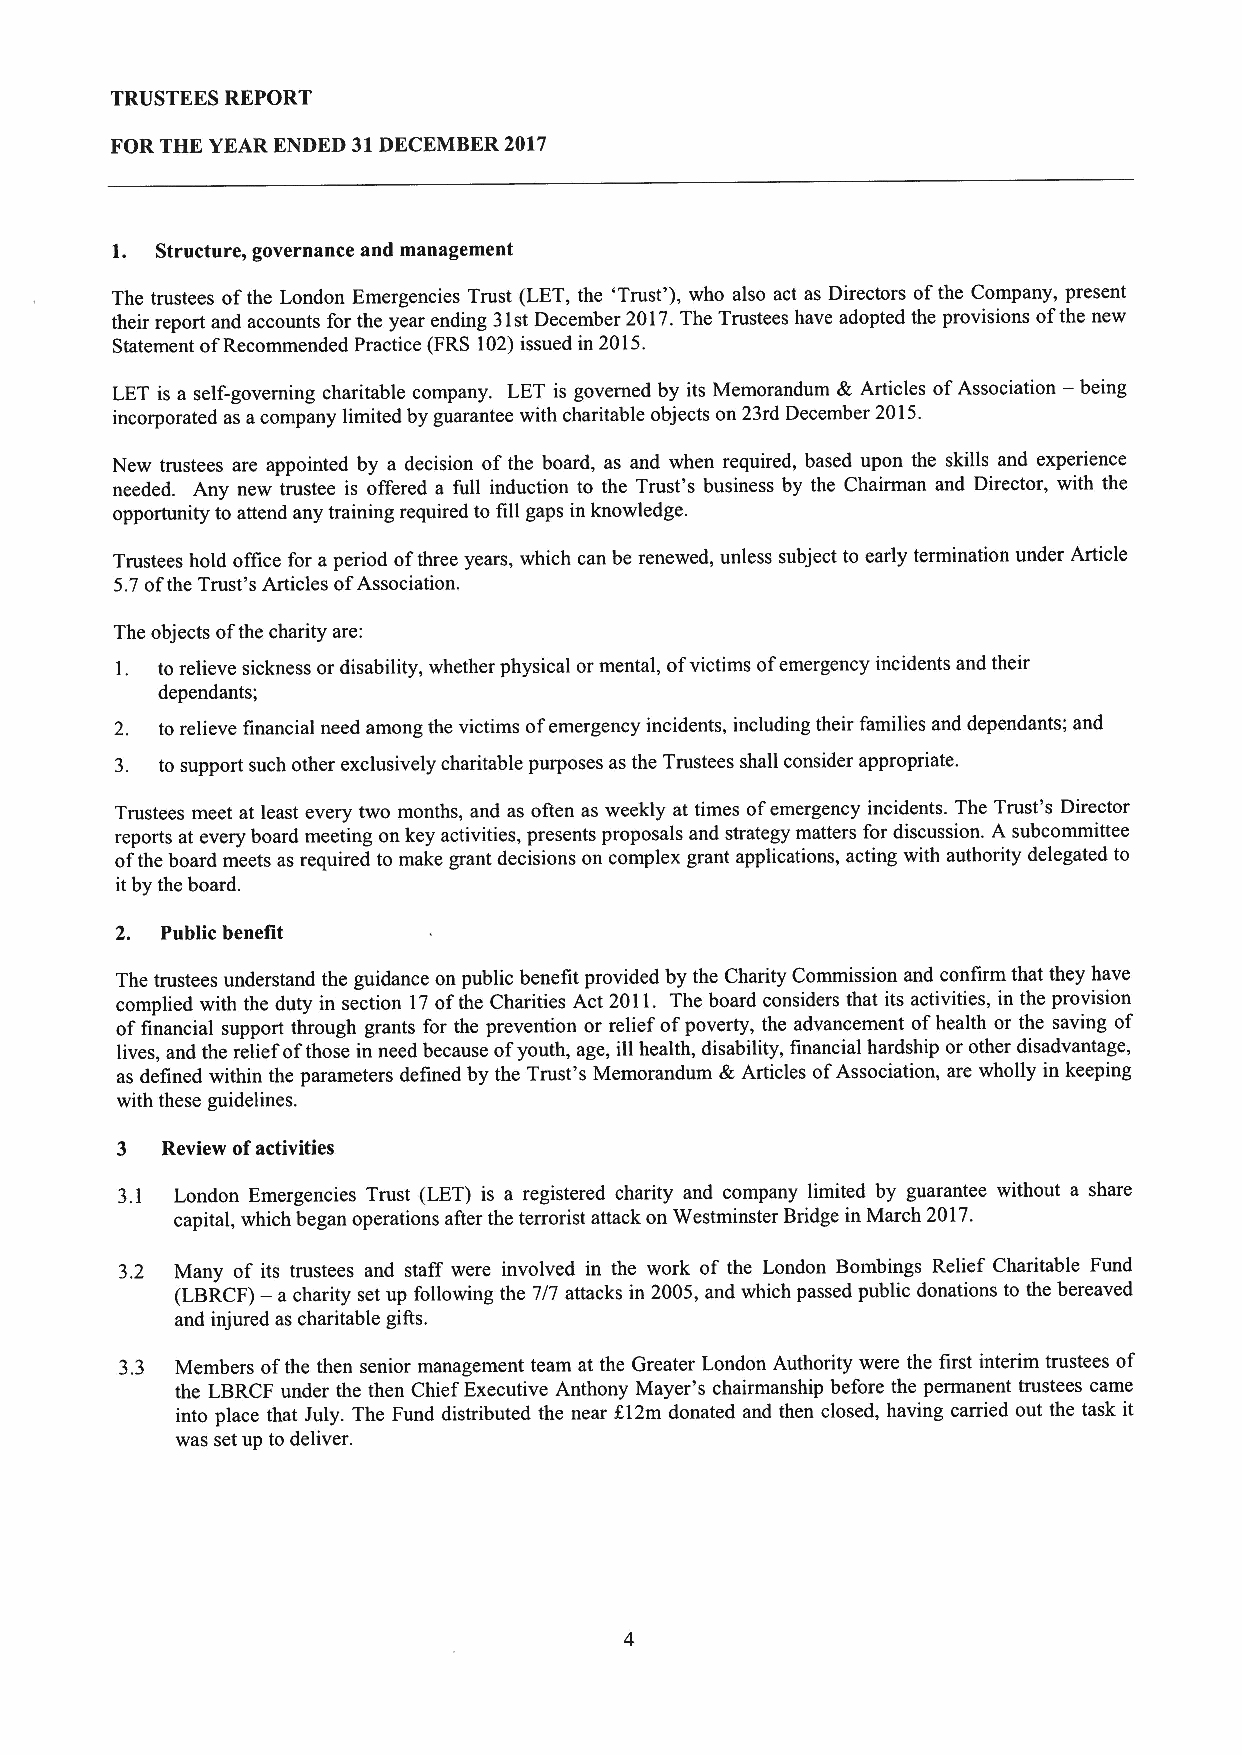
TRUSTEES REPORT
 FOR THE YEAR ENDED 31DECEMBER2017
 1. Structure, governance and management
 The trustees ofthe London Emergencies Trust (LET, the 'Trust' ),who also act as Directors ofthe Company, present
 their report and accounts for the year ending 31stDecember 2017.The Trustees have adopted the provisions ofthe new
 Statement ofRecommended Practice (FRS 102)issued in 2015.
 LET is a self-governing charitable company. LET is governed by its Memorandum &Articles ofAssociation — being
 incorporated as acompany limited by guarantee with charitable objects on 23rd December 2015.
 New trustees are appointed by a decision ofthe board, as and when required, based upon the skills and experience
 needed. Any new trustee is offered a full induction to the Trust's business by the Chairman and Director, with the
 opportunity to attend any training required to fill gaps in knowledge.
 Trustees hold office for aperiod ofthree years, which can be renewed, unless subject to early termination under Article
 5.7ofthe Trust's Articles ofAssociation.
 The objects ofthe charity are:
 1. to relieve sickness or disability, whether physical or mental, ofvictims ofemergency incidents and their
 dependants;
 2. to relieve financial need among the victims ofemergency incidents, including their families and dependants; and
 3. to support such other exclusively charitable purposes as the Trustees shall consider appropriate.
 Trustees meet at least every two months, and as often as weekly at times ofemergency incidents. The Trust's Director
 reports at every board meeting on key activities, presents proposals and strategy matters for discussion. A subcommittee
 ofthe board meets as required to make grant decisions on complex grant applications, acting with authority delegated to
 itby the board.
 2. Public benefit
 The trustees understand the guidance on public benefit provided by the Charity Commission and confirm that they have
 complied with the duty in section 17ofthe Charities Act 2011. The board considers that its activities, in the provision
 offinancial support through grants for the prevention or relief ofpoverty, the advancement ofhealth or the saving of
 lives, and the relief ofthose in need because ofyouth, age, ill health, disability, financial hardship or other disadvantage,
 as defined within the parameters defined by the Trust's Memorandum &Articles ofAssociation, are wholly in keeping
 with these guidelines.
 3  Review ofactivities
 3. 1 London Emergencies Trust (LET) is a registered charity and company limited by guarantee without a share
 capital, which began operations after the terrorist attack on Westminster Bridge in March 2017.
 3.2 Many of its trustees and staff were involved in the work of the London Bombings Relief Charitable Fund
 (LBRCF)— a charity set up following the 7/7 attacks in 2005, and which passed public donations to the bereaved
 and injured as charitable gifts.
 3.3 Members ofthe then senior management team at the Greater London Authority were the first interim trustees of
 the LBRCF under the then Chief Executive Anthony Mayer's chairmanship before the permanent trustees came
 into place that July. The Fund distributed the near K12m donated and then closed, having carried out the task it
 was set up to deliver.